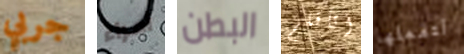
جربي أمراء البطن أتأقلم لتفعلها